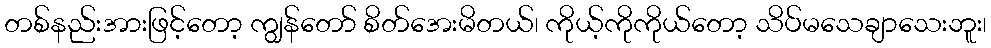
တစ်နည်းအားဖြင့်တော့ ကျွန်တော် စိတ်အေးမိတယ်၊ ကိုယ့်ကိုကိုယ်တော့ သိပ်မသေချာသေးဘူး၊